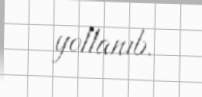
yollanıb.